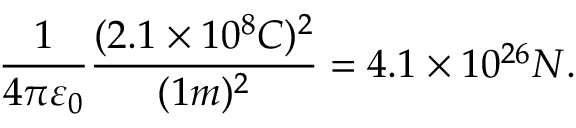
{ \frac { 1 } { 4 \pi \varepsilon _ { 0 } } } { \frac { ( 2 . 1 \times 1 0 ^ { 8 } C ) ^ { 2 } } { ( 1 m ) ^ { 2 } } } = 4 . 1 \times 1 0 ^ { 2 6 } N .